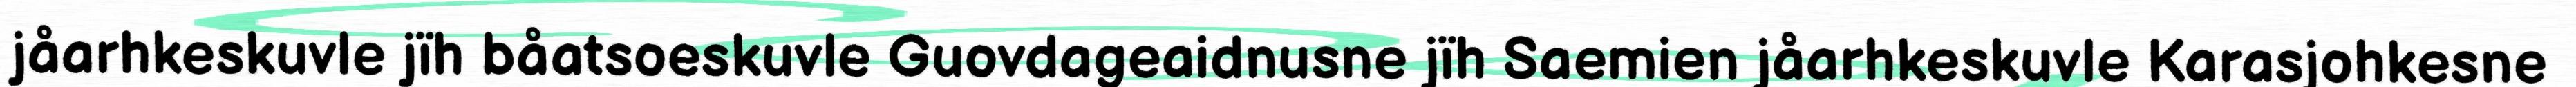
jåarhkeskuvle jïh båatsoeskuvle Guovdageaidnusne jïh Saemien jåarhkeskuvle Karasjohkesne